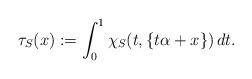
LaTeX: \begin{align*} \tau_S(x) := \int_0^1 \chi_S(t, \{t\alpha+x\}) \, dt .\end{align*}